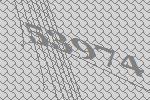
53974